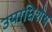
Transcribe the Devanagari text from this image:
उपाधिशेष